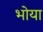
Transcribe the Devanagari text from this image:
भोया